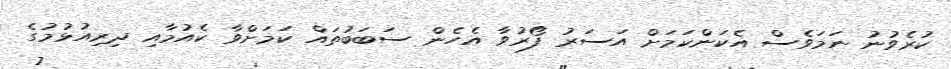
ކުރެވުނު ނަމަވެސް އެކަންކަމަށް އަސަރު ފޯރުވާ އެހެން ސަބަބުތައް ކަމަށްވާ ކެއުމާއި ދިރިއުޅުމުގެ